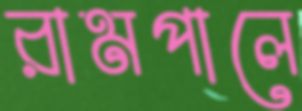
রামপালে